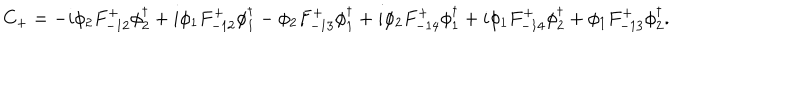
C _ { + } = - i \phi _ { 2 } F _ { - 1 2 } ^ { + } \phi _ { 2 } ^ { \dagger } + i \phi _ { 1 } F _ { - 1 2 } ^ { + } \phi _ { 1 } ^ { \dagger } - \phi _ { 2 } F _ { - 1 3 } ^ { + } \phi _ { 1 } ^ { \dagger } + i \phi _ { 2 } F _ { - 1 4 } ^ { + } \phi _ { 1 } ^ { \dagger } + i \phi _ { 1 } F _ { - 1 4 } ^ { + } \phi _ { 2 } ^ { \dagger } + \phi _ { 1 } F _ { - 1 3 } ^ { + } \phi _ { 2 } ^ { \dagger } .